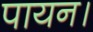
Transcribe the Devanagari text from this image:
पायन।